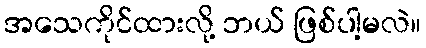
အသေကိုင်ထားလို့ ဘယ် ဖြစ်ပါ့မလဲ။